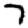
Digit: 7